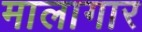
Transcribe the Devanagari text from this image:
मालागार